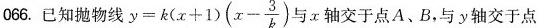
006.已知抛物线 $$y = k ( x + 1 ) ( x - \frac{3}{k})$$ 与x轴交于点A、B，与y轴交于点